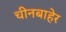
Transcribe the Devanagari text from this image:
चीनबाहेर